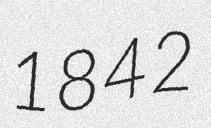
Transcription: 1842